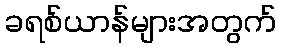
ခရစ်ယာန်များအတွက်